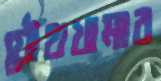
যৌথখামার